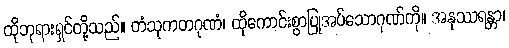
ထိုဘုရားရှင်တို့သည်။ တံသုကတဂုဏံ၊ ထိုကောင်းစွာပြုအပ်သောဂုဏ်ကို။ အနုဿရန္တာ၊